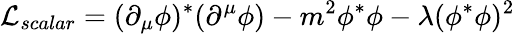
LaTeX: {\cal L}_{scalar}=(\partial_{\mu}\phi)^{\ast}(\partial^{\mu}\phi)-m^{2}\phi^{\ast}\phi-\lambda(\phi^{\ast}\phi)^{2}